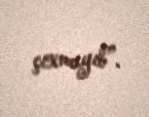
çıxmayıb”.